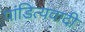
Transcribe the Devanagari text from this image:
पांडित्यवादी